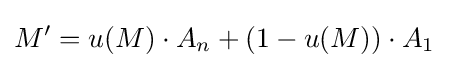
M'=u(M)\cdot A_{n}+(1-u(M))\cdot A_{1}